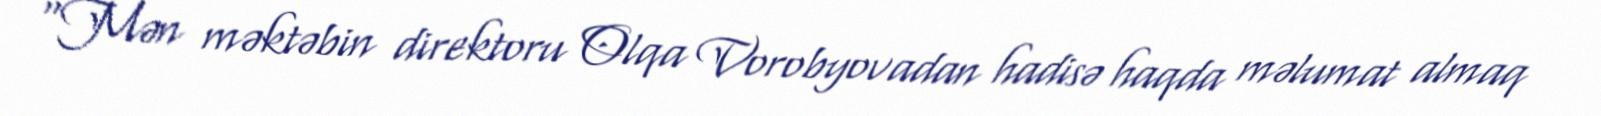
“Mən məktəbin direktoru Olqa Vorobyovadan hadisə haqda məlumat almaq